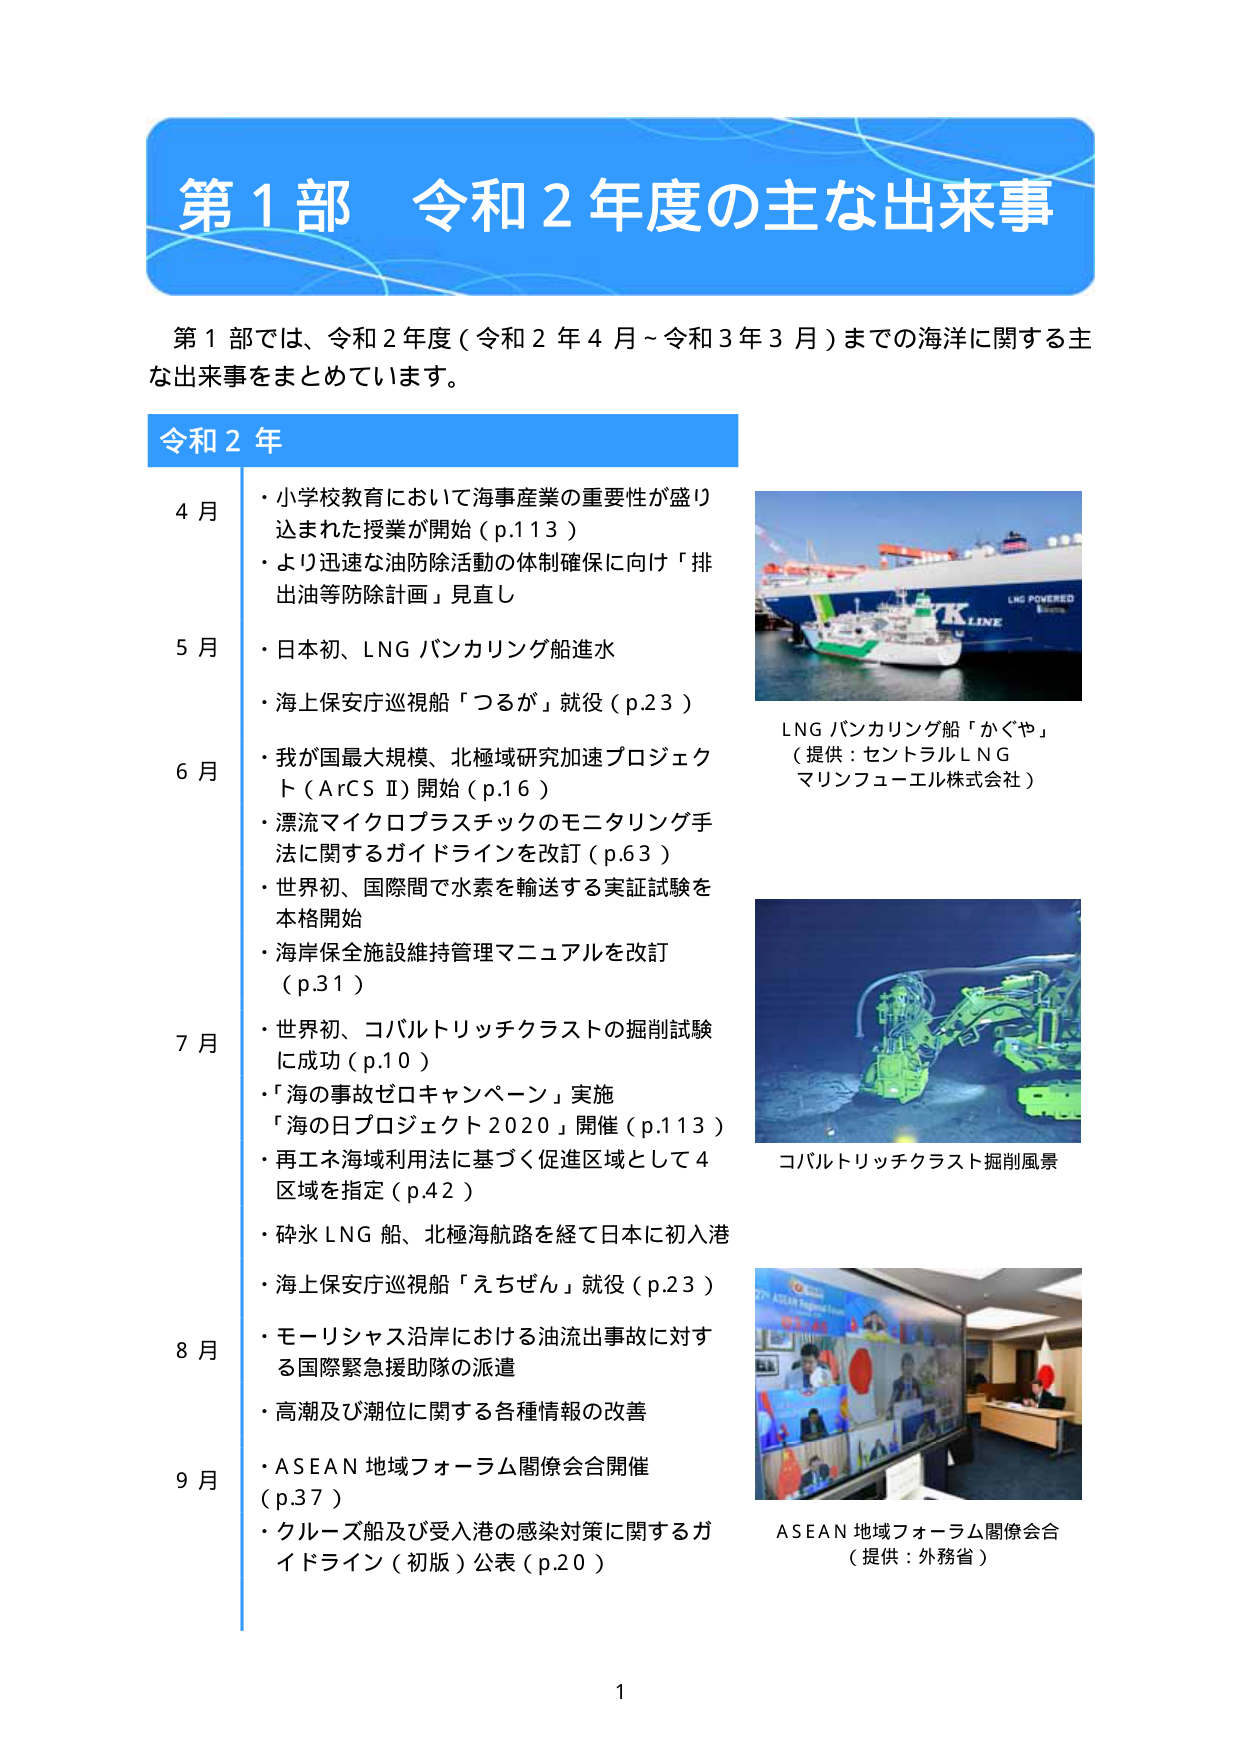
第１部 令和２年度の主な出来事

第１部では、令和２年度（令和２年４月～令和３年３月）までの海洋に関する主な出来事をまとめています。

令和２年

４月
・小学校教育において海事産業の重要性が盛り込まれた授業が開始（p.113）
・より迅速な油防除活動の体制確保に向け「排出油等防除計画」見直し

５月
・日本初、LNG バンカリング船進水
・海上保安庁巡視船「つるが」就役（p.23）

６月
・我が国最大規模、北極域研究加速プロジェクト（ArCS II）開始（p.16）
・漂流マイクロプラスチックのモニタリング手法に関するガイドラインを改訂（p.63）
・世界初、国際間で水素を輸送する実証試験を本格開始
・海岸保全施設維持管理マニュアルを改訂（p.31）

７月
・世界初、コバルトリッチクラストの掘削試験に成功（p.10）
・「海の事故ゼロキャンペーン」実施
「海の日プロジェクト2020」開催（p.113）
・再エネ海域利用法に基づく促進区域として４区域を指定（p.42）
・砕氷LNG船、北極海航路を経て日本に初入港
・海上保安庁巡視船「えちぜん」就役（p.23）

８月
・モーリシャス沿岸における油流出事故に対する国際緊急援助隊の派遣
・高潮及び潮位に関する各種情報の改善

９月
・ASEAN地域フォーラム閣僚会合開催（p.37）
・クルーズ船及び受入港の感染対策に関するガイドライン（初版）公表（p.20）

LNG バンカリング船「かぐや」
（提供：セントラルLNG
マリンフューエル株式会社）

コバルトリッチクラスト掘削風景

ASEAN 地域フォーラム閣僚会合
（提供：外務省）

1